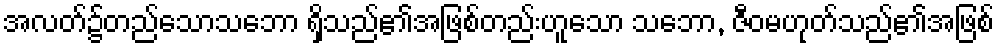
အလတ်၌တည်သောသဘော ရှိသည်၏အဖြစ်တည်းဟူသော သဘော, ဇီဝမဟုတ်သည်၏အဖြစ်